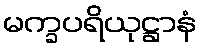
မက္ခပရိယုဋ္ဌာနံ